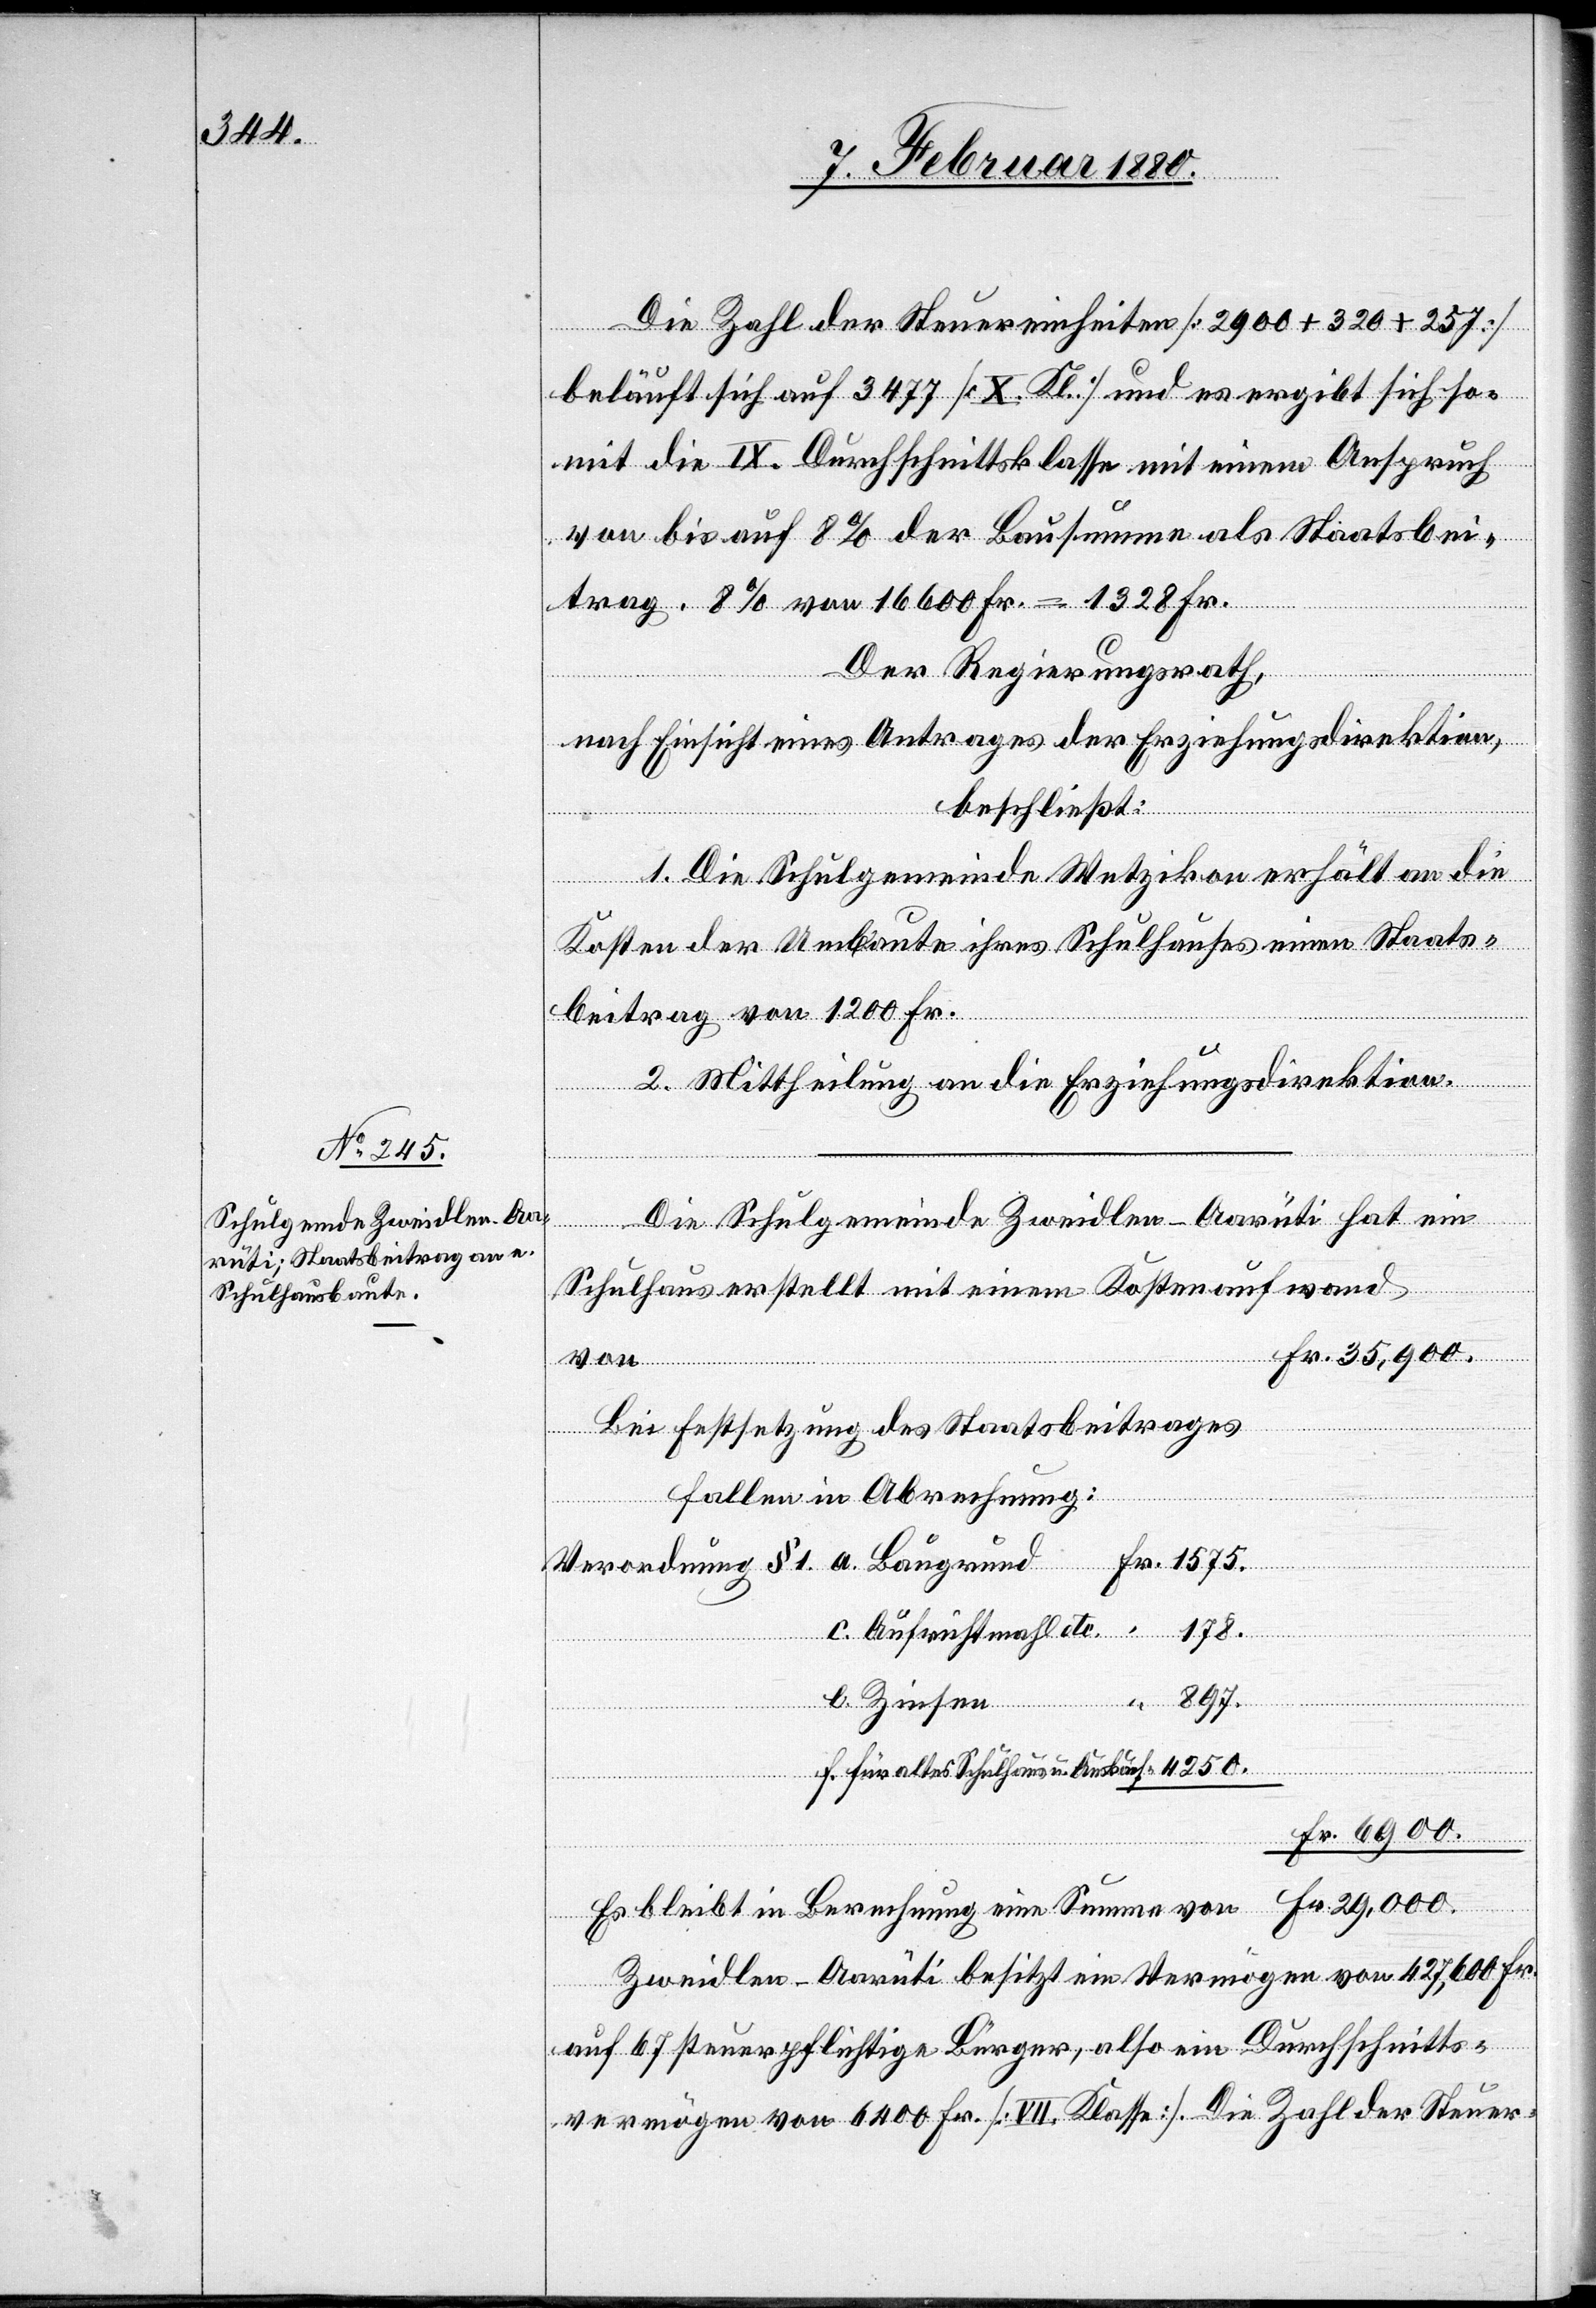
Die Zahl der Steuereinheiten [2900 + 320 + 257]
beläuft sich auf 3477 [X. Kl.] und es ergibt sich so¬
mit die IX. Durchschnittsklasse mit einem Anspruch
von bis auf 8% der Bausumme als Staatsbei¬
trag. 8% von 16600 Fr. = 1328 Fr.
Der Regierungsrath,
grund
nach Einsicht eines Antrages der Erziehungsdirektion,
beschließt:
1. Die Schulgemeinde Wetzikon erhält an die
Kosten der Umbaute ihres Schulhauses einen Staats¬
beitrag von 1200 Fr.
2. Mittheilung an die Erziehungsdirektion.
Die Schulgemeinde Zwindlen - Aarüti hat ein
Schulhaus erstellt mit einem Kostenaufwand
Fr.
Bei Festsetzung des Staatsbeitrages
fallen in Abrechnung:
Fr.
000.
Es
e. Zinsen
4250.
c.
f. für altes Schulhaus u. Auskauf
Zwindlen - Aarüti bestitzt ein Vermögen von 427 600 Fr.
auf 67 steuerpflichtige Bürger, also ein Durchschnitts¬
vermögen von 6400 Fr. [VII. Klasse]. Die Zahl der Steuer-